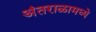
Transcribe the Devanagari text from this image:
अंतराळामध्ये